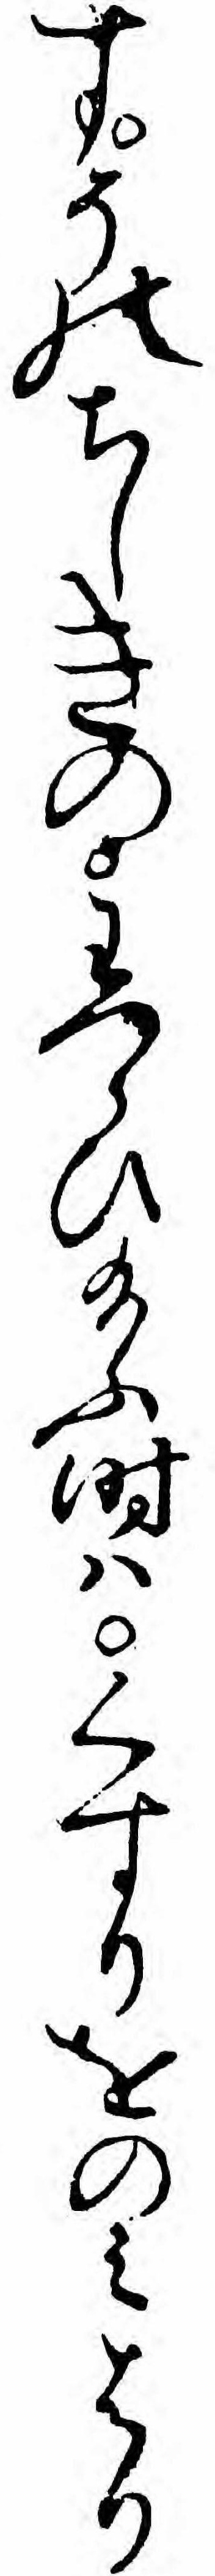
すそのちしきのわつらひ給ふ時ハくすりをのミはり